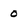
Character: 0